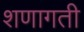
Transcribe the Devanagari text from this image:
शणागती